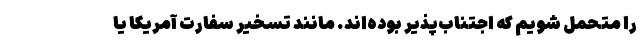
را متحمل شویم که اجتناب‌پذیر بوده‌اند. مانند تسخیر سفارت آمریکا یا